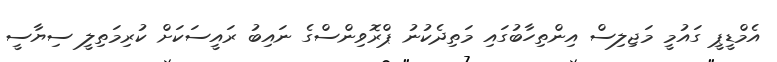
އެމްޑީޕީ ގައުމީ މަޖިލިސް އިންތިހާބުގައި މަތިދެކުނު ޕްރޮވިންސްގެ ނައިބު ރައީސަކަށް ކުރިމަތިލީ ސިޔާސީ